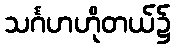
သင်္ဂဟဟိုတယ်၌